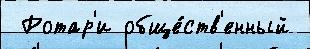
 Ротар'и обще́ств'енный